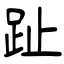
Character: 趾